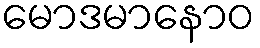
မောဒမာနောဝ